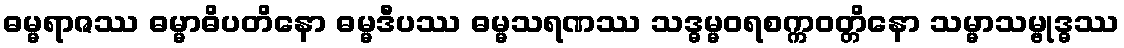
ဓမ္မရာဇဿ ဓမ္မာဓိပတိနော ဓမ္မဒီပဿ ဓမ္မသရဏဿ သဒ္ဓမ္မဝရစက္ကဝတ္တိနော သမ္မာသမ္ဗုဒ္ဓဿ